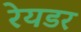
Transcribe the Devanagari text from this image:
रेयडर